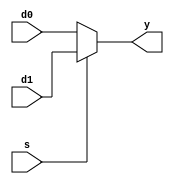
// mux21.v
// Adaptive Median Filter
// Multiplexer 2 to 1

// MIT License
// 
// Copyright (c) 2021 Reza Bahrami
// 
// Permission is hereby granted, free of charge, to any person obtaining a copy
// of this software and associated documentation files (the "Software"), to deal
// in the Software without restriction, including without limitation the rights
// to use, copy, modify, merge, publish, distribute, sublicense, and/or sell
// copies of the Software, and to permit persons to whom the Software is
// furnished to do so, subject to the following conditions:
// 
// The above copyright notice and this permission notice shall be included in all
// copies or substantial portions of the Software.
// 
// THE SOFTWARE IS PROVIDED "AS IS", WITHOUT WARRANTY OF ANY KIND, EXPRESS OR
// IMPLIED, INCLUDING BUT NOT LIMITED TO THE WARRANTIES OF MERCHANTABILITY,
// FITNESS FOR A PARTICULAR PURPOSE AND NONINFRINGEMENT. IN NO EVENT SHALL THE
// AUTHORS OR COPYRIGHT HOLDERS BE LIABLE FOR ANY CLAIM, DAMAGES OR OTHER
// LIABILITY, WHETHER IN AN ACTION OF CONTRACT, TORT OR OTHERWISE, ARISING FROM,
// OUT OF OR IN CONNECTION WITH THE SOFTWARE OR THE USE OR OTHER DEALINGS IN THE
// SOFTWARE.

`default_nettype none

module mux21 (y, d1, d0, s);
	// Parameters
	parameter W = 8;
	
	// Outputs
	output wire [W - 1 : 0] y;

	// Inputs
	input wire [W - 1 : 0]	d1, d0;
	input wire s;

	// Dataflow Description of module
	assign y = s ? d1 : d0;
endmodule